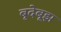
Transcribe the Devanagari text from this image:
बूदेबूझ